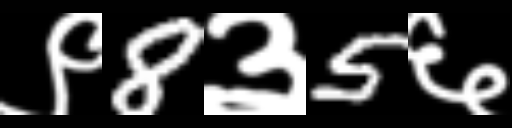
Text: ९8३5६